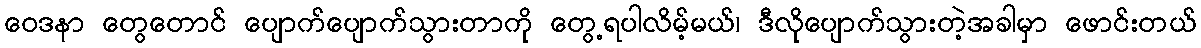
ဝေဒနာ တွေတောင် ပျောက်ပျောက်သွားတာကို တွေ့ရပါလိမ့်မယ်၊ ဒီလိုပျောက်သွားတဲ့အခါမှာ ဖောင်းတယ်